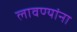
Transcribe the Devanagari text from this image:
लावण्यांना